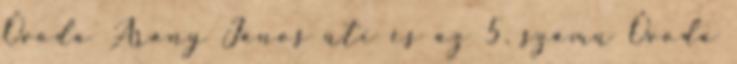
Óvoda Arany János úti és az 5. számú Óvoda